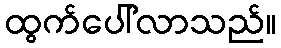
ထွက်ပေါ်လာသည်။